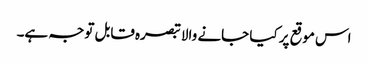
اس موقع پر کیا جانے والا تبصرہ قابل توجہ ہے۔